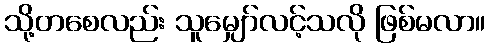
သို့တစေလည်း သူမျှော်လင့်သလို ဖြစ်မလာ။